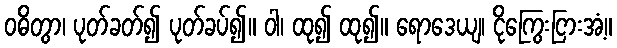
ဝဓိတွာ၊ ပုတ်ခတ်၍ ပုတ်ခပ်၍။ ဝါ၊ ထု၍ ထု၍။ ရောဒေယျ၊ ငိုကြွေးငြားအံ့။